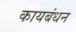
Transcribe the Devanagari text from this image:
कायबंधन